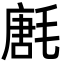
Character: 㲥